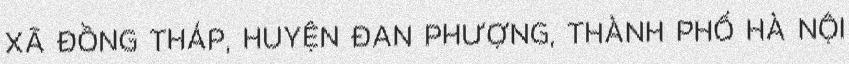
XÃ ĐỒNG THÁP, HUYỆN ĐAN PHƯỢNG, THÀNH PHỐ HÀ NỘI